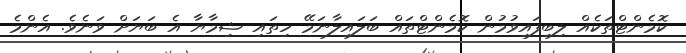
ކޮމެންޓްތަކެއް ލިބިފައިވުމުން ކޮމެންޓްތައް ބަލައިލާނަމޭ ހިތައި ޝިމާޔާ އެ ބަޔަށް ވަނެވެ. އެންމެ